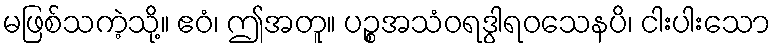
မဖြစ်သကဲ့သို့။ ဧဝံ၊ ဤအတူ။ ပဉ္စအသံဝရဒွါရဝသေနပိ၊ ငါးပါးသော